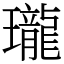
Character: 瓏